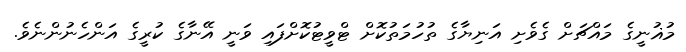
މުޣުނީގެ މައްޗަށް ގެވެށި އަނިޔާގެ ތުހުމަތުކޮށް ޓްވީޓުކޮށްފައި ވަނީ އޭނާގެ ކުރީގެ އަންހެނުންނެވެ.